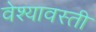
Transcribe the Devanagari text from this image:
वेश्यावस्ती